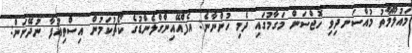
މައުލޫމާތު މުއްސަނދިވި ހޮޖްސަން މަގާމުގައި ދެމި ހުންނާނެ: އެފްއޭއިންގްލެންޑުގެ ކޯޗުކަމުން އިސްތިއުފާ ނުދޭނަން: